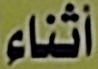
أثناء